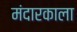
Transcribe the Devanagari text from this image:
मंदारकाला